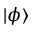
| \phi \rangle